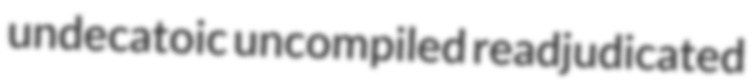
undecatoic uncompiled readjudicated